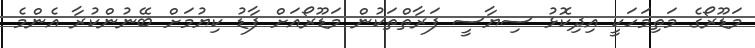
މަަޑޫރޯގެ މަތިމަހަކީ އިދިކޮޅު ސިޔާސީ ފަރާތްތަކުން މަޑޫރޯއަށް ފާޑު ކިޔުމަށް ބޭނުންކުރާ އެންމެ